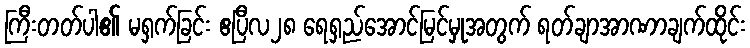
ကြီးတတ်ပါ၏ မရှက်ခြင်း ဧပြီလ၂၈ ရေရှည်အောင်မြင်မှုအတွက် ရတ်ချာအာဏာချက်ထိုင်း